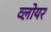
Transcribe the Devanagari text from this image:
व्लोयर